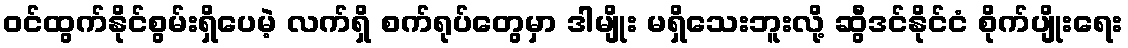
ဝင်ထွက်နိုင်စွမ်းရှိပေမဲ့ လက်ရှိ စက်ရုပ်တွေမှာ ဒါမျိုး မရှိသေးဘူးလို့ ဆွီဒင်နိုင်ငံ စိုက်ပျိုးရေး